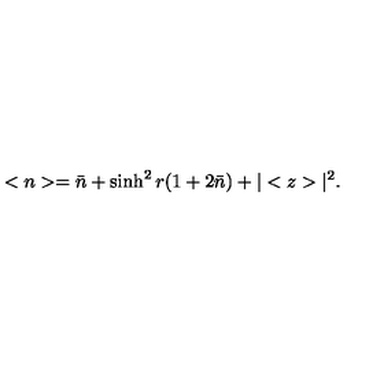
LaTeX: < n > = \bar { n } + \sinh ^ { 2 } r ( 1 + 2 \bar { n } ) + | < z > | ^ { 2 } .